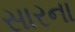
સારના